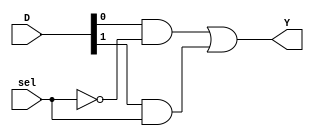

module mux2( 

sel,
D,
Y);

// ingressi uscite


input sel;
input [1:0] D;
output Y;




assign Y= D[0] & (~sel) | D[1] & sel;
 


endmodule